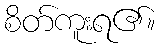
စိတ်ကူးရ၏။